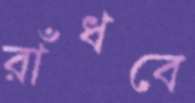
রাঁধবে